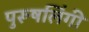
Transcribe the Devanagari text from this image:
पुरूषलिंगी